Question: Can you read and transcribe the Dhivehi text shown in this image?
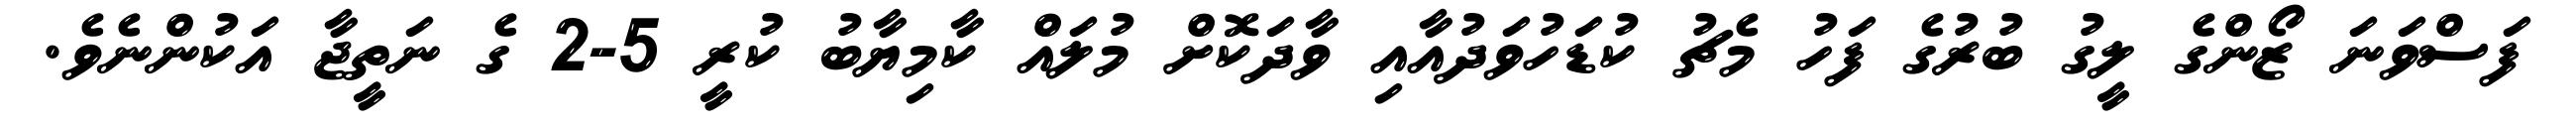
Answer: ފަސްވަނަ ޒޯންގެ ލީގު ބުރުގެ ފަހު މެޗު ކުޑަހުވަދުއާއި ވާދަކޮށް މުލައް ކާމިޔާބު ކުރީ 5-2 ގެ ނަތީޖާ އަކުންނެވެ.